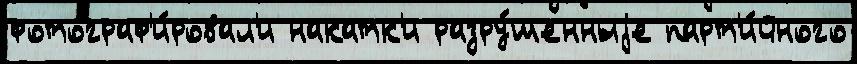
фотограф'и́ровал'и накатк'и разру́шенныjе парт'и́йного